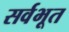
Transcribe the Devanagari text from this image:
सर्वभूत